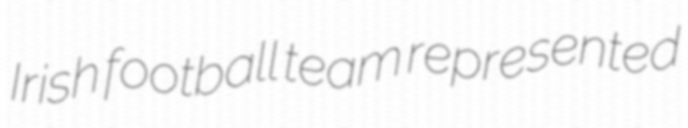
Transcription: Irish football team represented